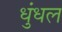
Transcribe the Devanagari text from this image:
धुंधल